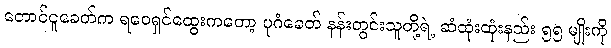
တောင်ငူခေတ်က ရဝေရှင်ထွေးကတော့ ပုဂံခေတ် နန်းတွင်းသူတို့ရဲ့ ဆံထုံးထုံးနည်း ၅၅ မျိုးကို